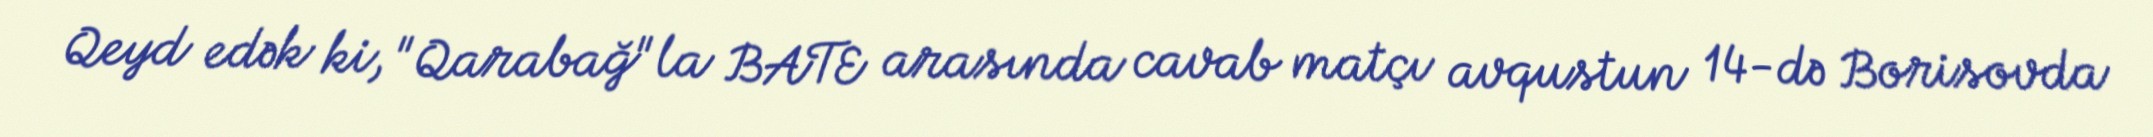
Qeyd edək ki, "Qarabağ"la BATE arasında cavab matçı avqustun 14-də Borisovda